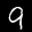
Digit: 9